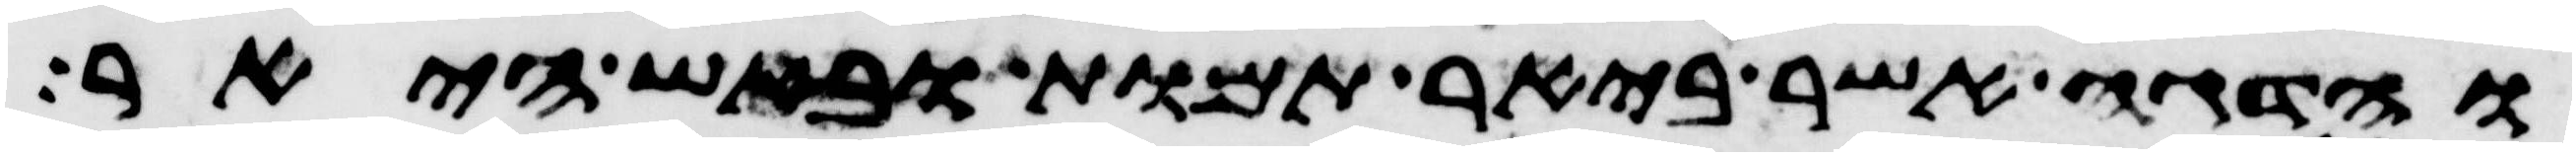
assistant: והדגה אשר ביאר תמות ובאש היאר